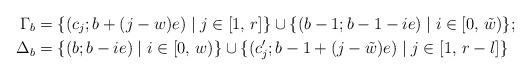
LaTeX: \begin{align*}\Gamma_b &= \{ (c_j; b+(j-w)e) \mid j \in [1,\, r] \} \cup \{ (b-1;b-1-ie) \mid i \in [0,\, \tilde{w}) \}; \\\Delta_b &= \{ (b;b-ie) \mid i \in [0,\, w) \} \cup \{ (c'_j; b-1 + (j-\tilde{w})e) \mid j \in [1,\, r-l] \} \end{align*}